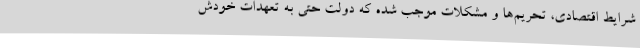
شرایط اقتصادی، تحریم‌ها و مشکلات موجب شده که دولت حتی به تعهدات خودش